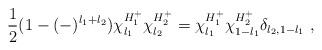
LaTeX: \begin{align*}\frac{1}{2} (1-(-)^{l_1+l_2})\chi^{H^+_1}_{l_1}\chi^{H^+_2}_{l_2} =\chi^{H^+_1}_{l_1} \chi^{H^+_2}_{1-l_1}\delta_{l_2,1-l_1}\ ,\end{align*}